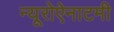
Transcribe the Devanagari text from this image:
न्यूरोऐनाटमी